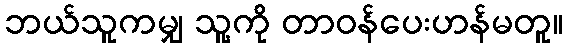
ဘယ်သူကမျှ သူ့ကို တာဝန်ပေးဟန်မတူ။